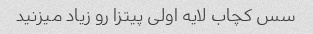
سس کچاب لایه اولی پیتزا رو زیاد میزنید